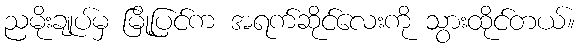
ညမိုးချုပ်မှ မြို့ပြင်က အရက်ဆိုင်လေးကို သွားထိုင်တယ်။